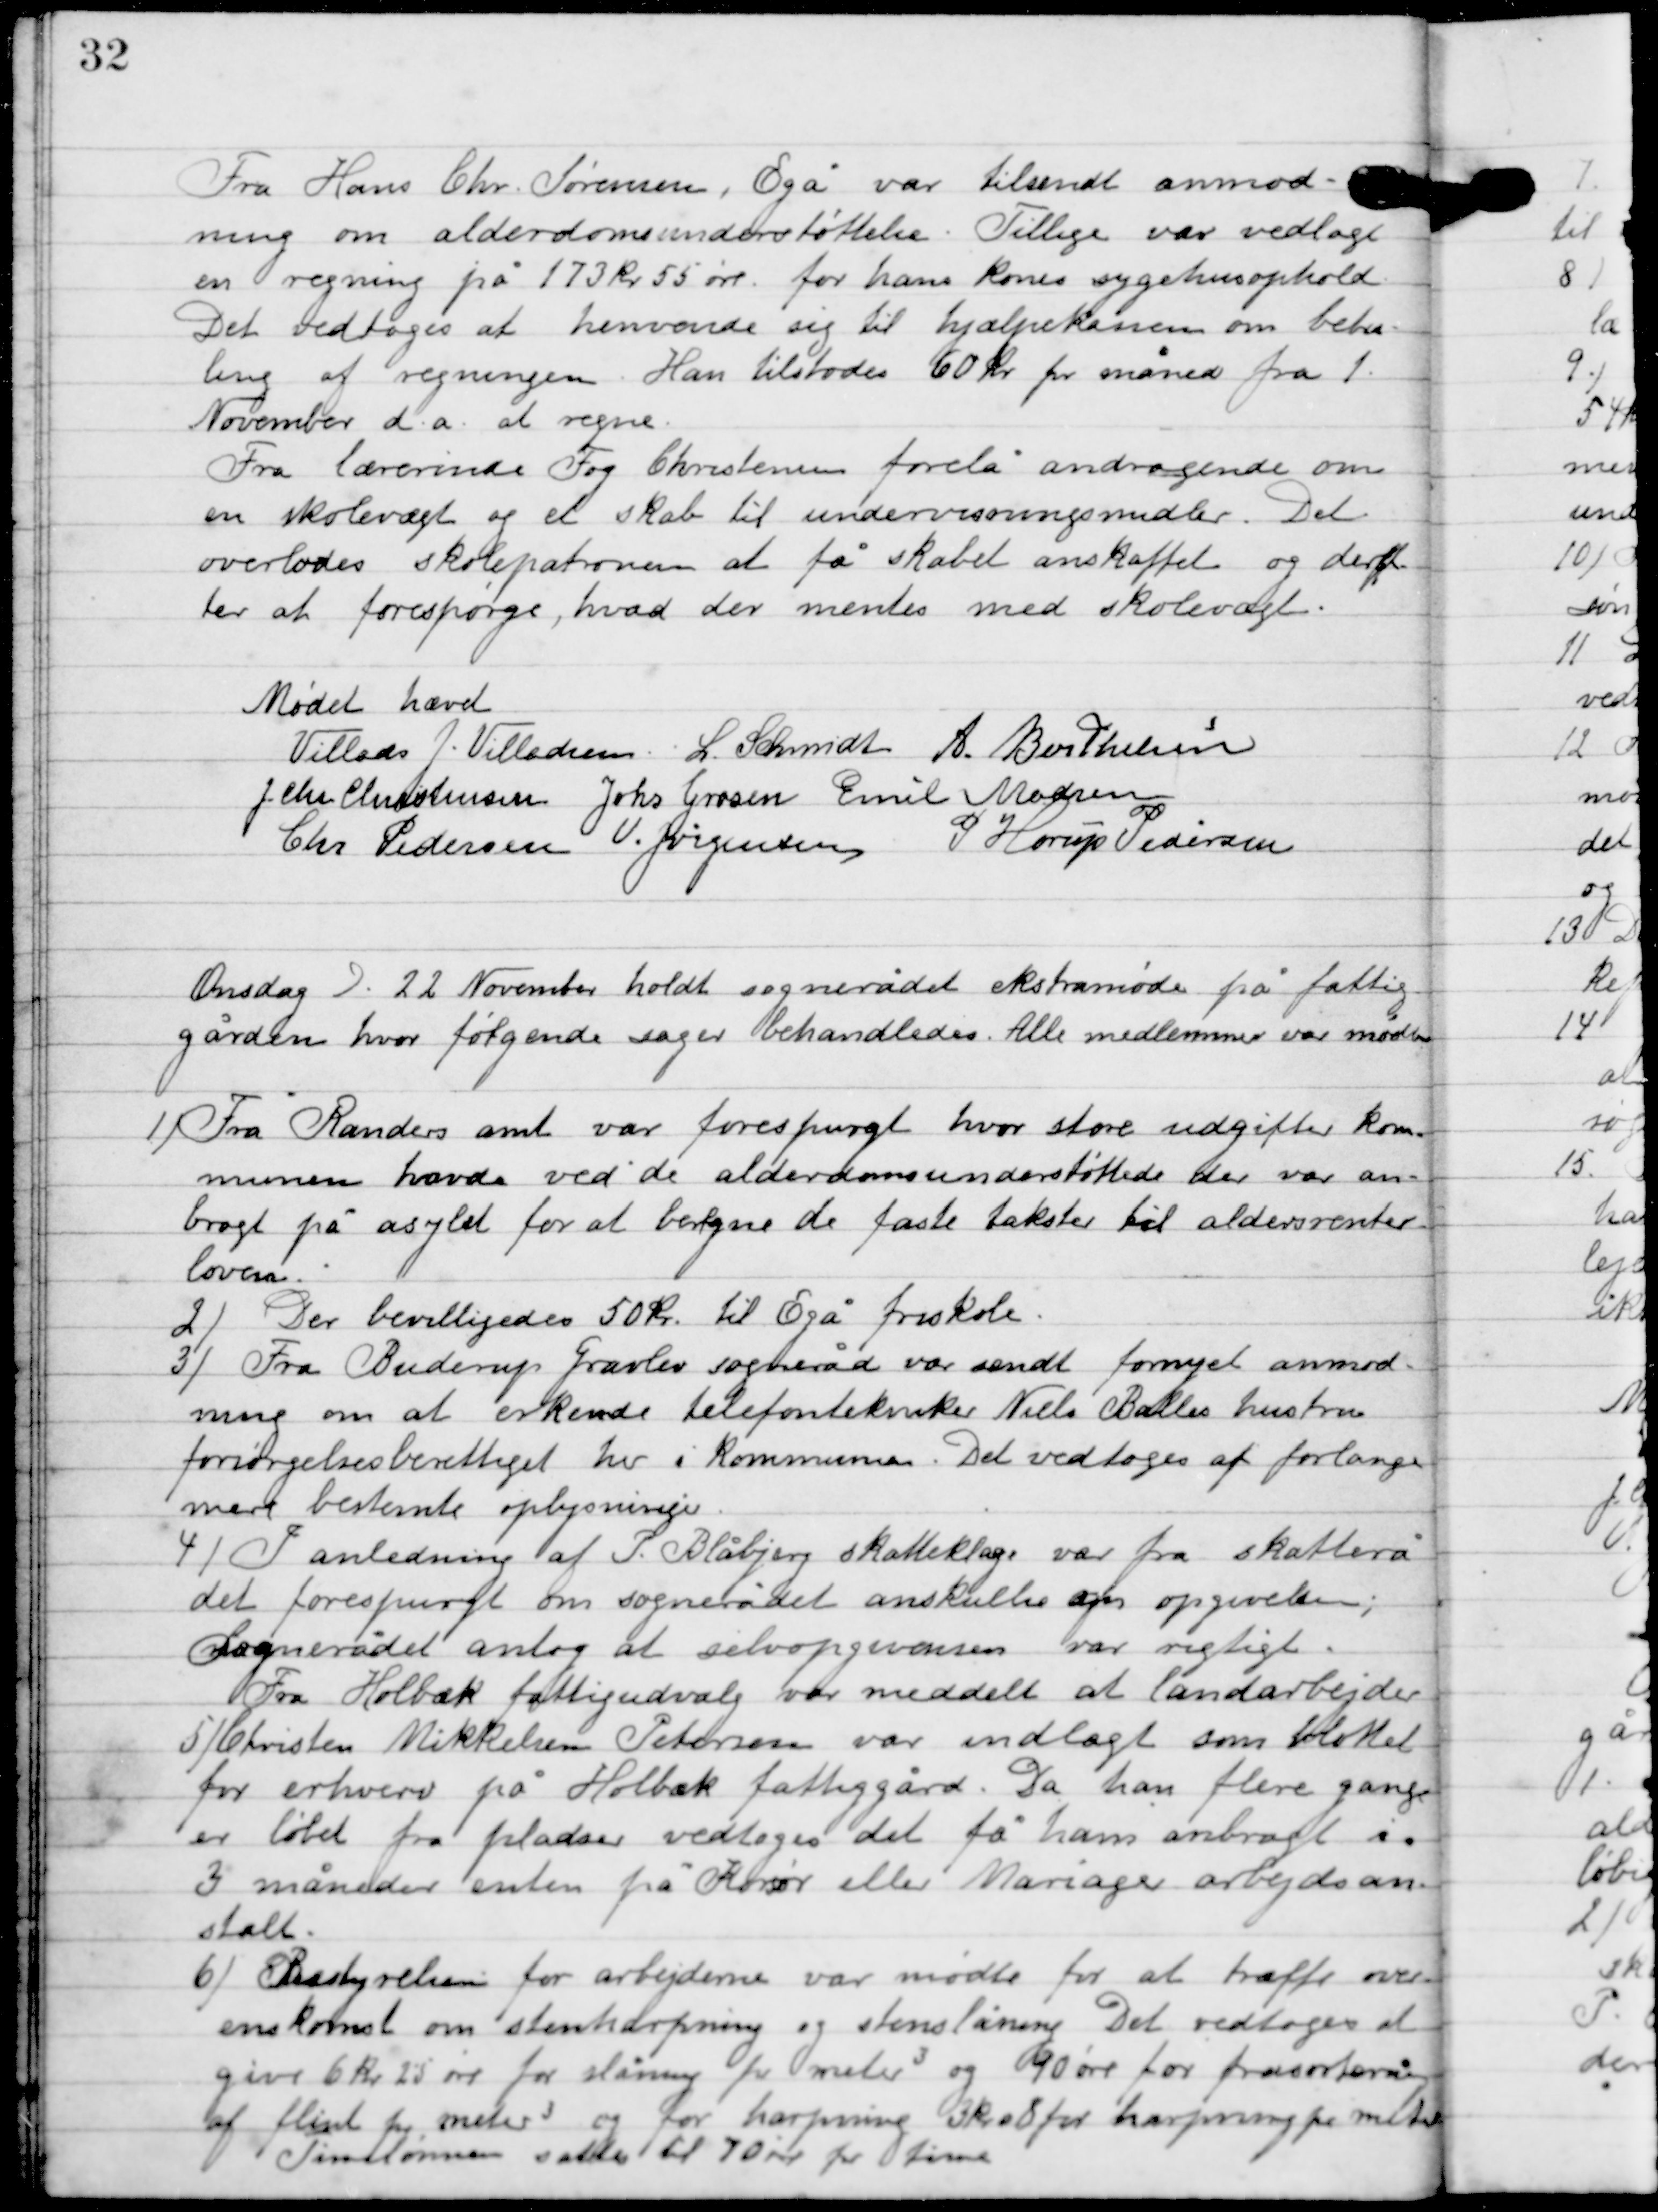
Transskription:
Fra Hans Chr. Sørensen, Egå var tilsendt anmod-
ning om alderdomsunderstøttelse. Tillige var vedlagt
en regnen på 173 kr. 55 øre, for hans kones sygehusophold.
Det vedtoges at henvende sig til hjælpekassen om beta-
ling af regningen. Han tillodes 60 kr. pr. måned fra 1.
November d.a. at regne.
Fra lærerinde fog Christensen forelå andragende om
en skolevægt og et skab til undervisningsmidler. Det
overlodes skolepatronen at få skabet anskaffet og deref-
ter at forespørge hvad der mentes med skolevægt.

Mødet hævet

Villads J. Villadsen
 L. Schmidt
Berthelsen
I. Chr. Christensen
Johs. Grosen
Emil Madsen
Chr. Pedersen
V. Jørgensen
P. Horup Pedersen

Onsdag D. 22. November holdt sognerådet ekstramøde på fattig-
gården, hvor følgende sager behandledes. Alle medlemmer var mødte.

1

Fra Randers amt var forespurgt hvor store udgifter kom-
munen havde ved de alderdomsunderstøttede der var an-
bragt på asylet for at beregne de faste takster til aldersrenter
loven.

2

Der bevilgedes 50 kr. til Egå friskole.

3

Fra Buderup Gravlev sogneråd var sendt fornyet anmod-
ning om at erkende telefontekniker Niels Balles hustru
forsørgelsesberettiget her i kommunen. Det vedtoges at forlange
mere bestemte oplysninger.

4

I anledning af P. Blåbjerg skatteklage var fra skatterå
det forespurgt om sognerådet anskuede om opgivelsen .
Sognerådet antog at selvopgivelsen var rigtigt.
5

Fra Holbæk fattigudvalg var meddelt at landarbejder

Christen Mikkelsen Pedersen var indlagt som blottet
for erhverv på Holbæk fattiggård. Da han flere gange
er løbet fra pladsen vedtoges det få ham anbragt i
3 måneder enten på Korsør eller Mariager arbejdsan-
stalt.

6

Bestyrelsen for arbejderne var mødt for at træffe over-
enskomst om stenharpning og stenslåning. Det vedtoges at
give 6 kr. 25 øre for slåning pr. meter3 og 90 øre for frasortering
af flint pr meter3 og for harpning 3 kr. 8 for harpning pr. meter
Timelønnen satte til 70 øre pr. time.